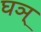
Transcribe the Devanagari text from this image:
घञ्‌